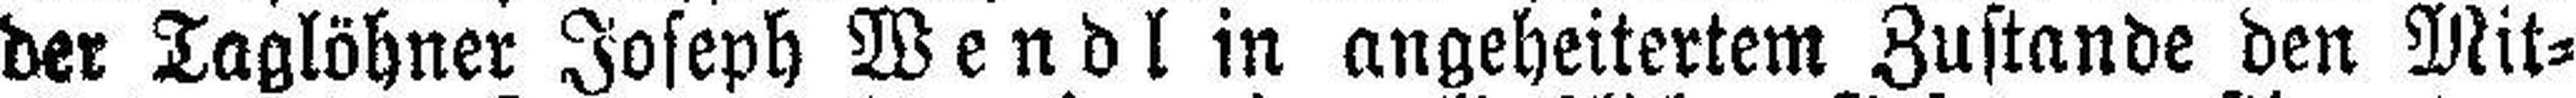
der Taglöhner Joseph Wendl in angeheitertem Zustande den Mit¬